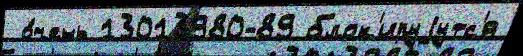
 о́чень 13013980-89 блок'ируjутс'я